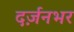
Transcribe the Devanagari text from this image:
दर्ज़नभर